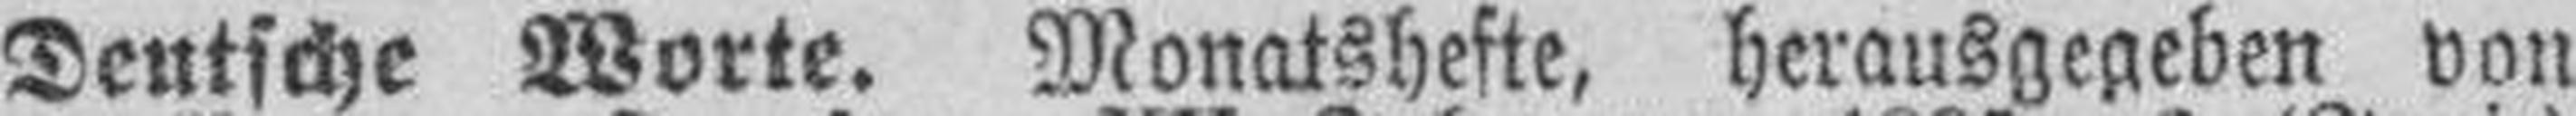
Deutsche Worte. Monatshefte, herausgegeben von